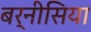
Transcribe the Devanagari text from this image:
बर्नीसिया